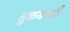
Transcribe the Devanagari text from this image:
तुकबन्दी